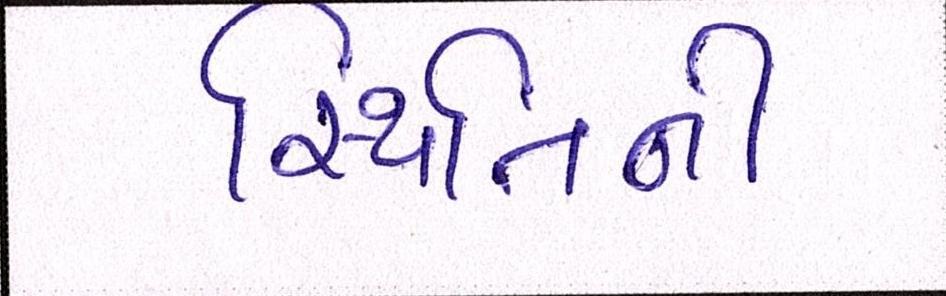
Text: સ્થિતિની